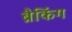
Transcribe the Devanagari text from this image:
ब्रैकिंग